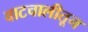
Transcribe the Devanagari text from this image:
वाटचालीतून